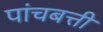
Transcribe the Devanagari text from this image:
पांचबत्ती